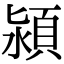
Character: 潁